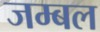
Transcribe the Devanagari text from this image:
जम्‍बल